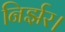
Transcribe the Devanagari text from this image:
निर्झर।